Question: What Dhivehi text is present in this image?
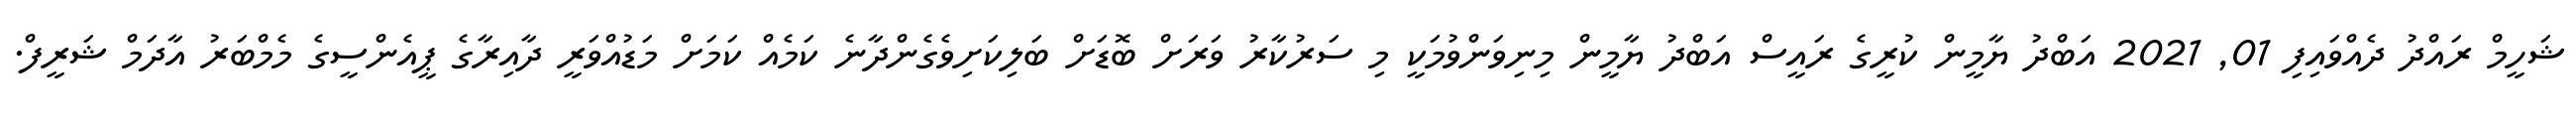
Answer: ޝަހީމް ރައްދު ދެއްވައިފި 01, 2021 އަބްދު ޔާމީން ކުރީގެ ރައީސް އަބްދު ޔާމީން މިނިވަންވުމަކީ މި ސަރުކާރު ވަރަށް ބޮޑަށް ބަލިކަށިވެގެންދާނެ ކަމެއް ކަމަށް މަޑުއްވަރީ ދާއިރާގެ ޕީއެންސީގެ މެމްބަރު އާދަމް ޝަރީފް.